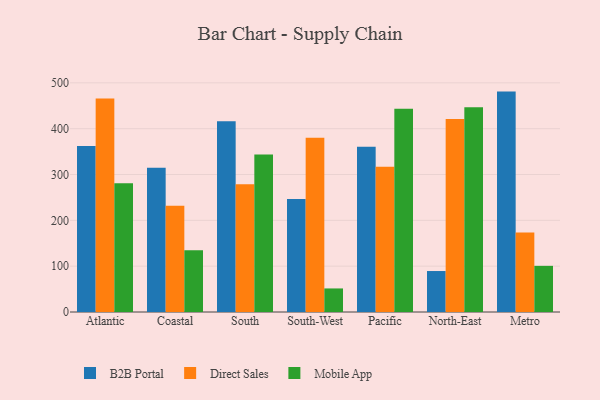
{"axis": {"x": "Region", "y": "Backlog"}, "legend": ["B2B Portal", "Direct Sales", "Mobile App"], "data": [{"x": "Atlantic", "y": 362.4, "type": "B2B Portal"}, {"x": "Atlantic", "y": 465.9, "type": "Direct Sales"}, {"x": "Atlantic", "y": 280.7, "type": "Mobile App"}, {"x": "Coastal", "y": 314.9, "type": "B2B Portal"}, {"x": "Coastal", "y": 231.8, "type": "Direct Sales"}, {"x": "Coastal", "y": 134.7, "type": "Mobile App"}, {"x": "South", "y": 416.1, "type": "B2B Portal"}, {"x": "South", "y": 278.7, "type": "Direct Sales"}, {"x": "South", "y": 343.4, "type": "Mobile App"}, {"x": "South-West", "y": 246.6, "type": "B2B Portal"}, {"x": "South-West", "y": 380.0, "type": "Direct Sales"}, {"x": "South-West", "y": 51.4, "type": "Mobile App"}, {"x": "Pacific", "y": 360.8, "type": "B2B Portal"}, {"x": "Pacific", "y": 317.0, "type": "Direct Sales"}, {"x": "Pacific", "y": 443.4, "type": "Mobile App"}, {"x": "North-East", "y": 89.4, "type": "B2B Portal"}, {"x": "North-East", "y": 421.0, "type": "Direct Sales"}, {"x": "North-East", "y": 446.5, "type": "Mobile App"}, {"x": "Metro", "y": 480.9, "type": "B2B Portal"}, {"x": "Metro", "y": 173.3, "type": "Direct Sales"}, {"x": "Metro", "y": 100.7, "type": "Mobile App"}]}